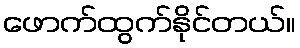
ဖောက်ထွက်နိုင်တယ်။